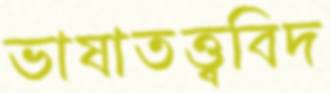
ভাষাতত্ত্ববিদ